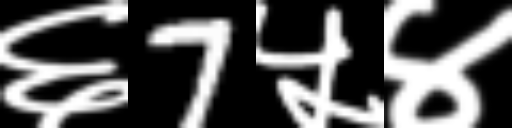
Text: ६7५४